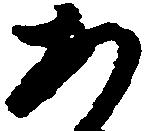
あ